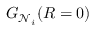
G _ { \mathcal { N } _ { i } } ( R = 0 )